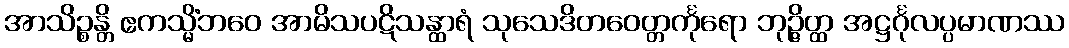
အာသိဉ္စန္တိ ဧကသ္မိံဘဝေ အာမိသပဋိသန္ထာရံ သုသေဒိတဝေတ္တင်္ကုရော ဘုဉ္ဇိတ္ထ အဋ္ဌင်္ဂုလပ္ပမာဏဿ